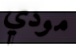
مودي